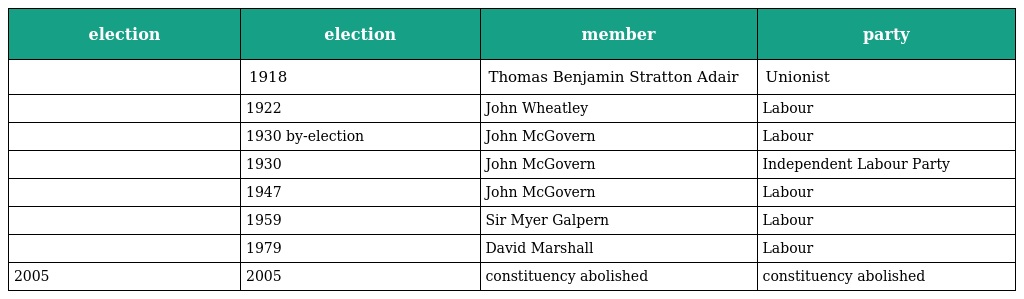
| election | election | member | party |
 | --- | --- | --- | --- |
 |  | 1918 | Thomas Benjamin Stratton Adair | Unionist |
 |  | 1922 | John Wheatley | Labour |
 |  | 1930 by-election | John McGovern | Labour |
 |  | 1930 | John McGovern | Independent Labour Party |
 |  | 1947 | John McGovern | Labour |
 |  | 1959 | Sir Myer Galpern | Labour |
 |  | 1979 | David Marshall | Labour |
 | 2005 | 2005 | constituency abolished | constituency abolished |